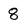
Character: 8